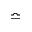
\bumpeq